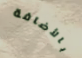
بالأضافة